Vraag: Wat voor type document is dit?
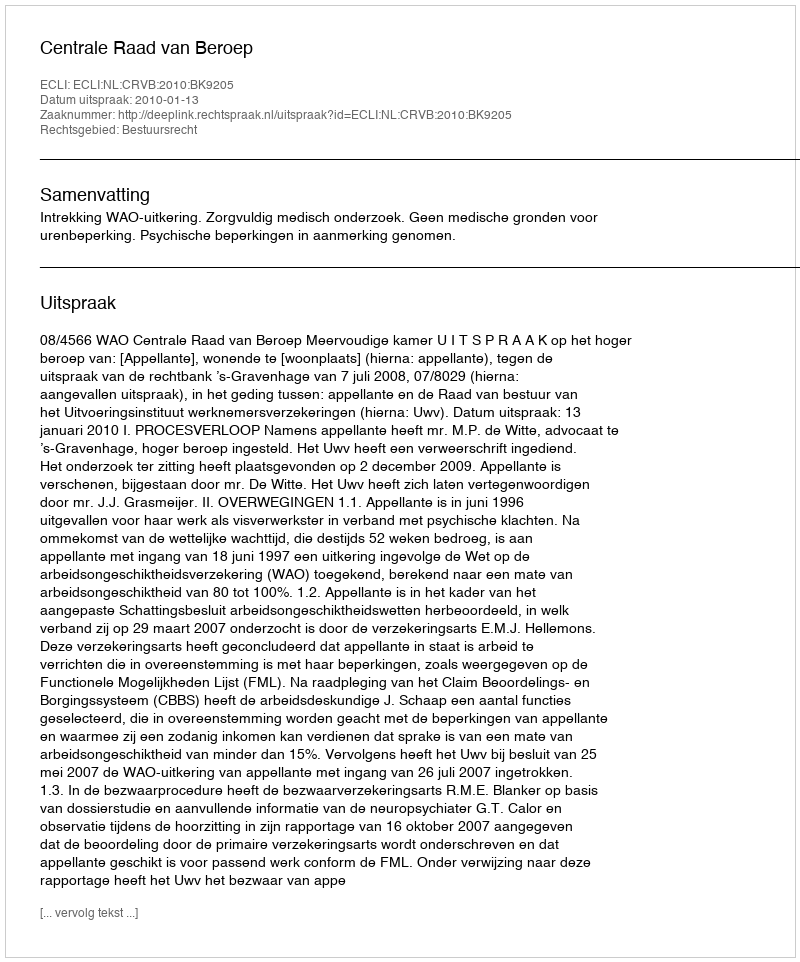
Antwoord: Uitspraak